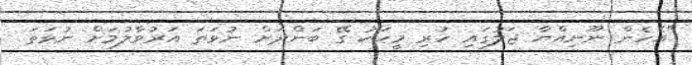
"އެހެން ނޫނިއްޔާ ޖަލުގައި ހުރި މީހަކު ގޭ ބަންދަށް ނުވަތަ އަރުވާލުމަށް ނުވަތަ